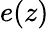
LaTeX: e(z)